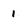
Character: 1